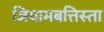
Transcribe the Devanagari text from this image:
जियामबत्तिस्ता